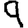
Digit: 9